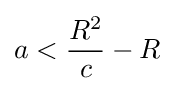
a<{\frac {R^{2}}{c}}-R